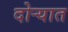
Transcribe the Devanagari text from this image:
दोर्‍यात